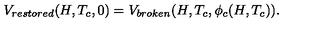
V _ { r e s t o r e d } ( H , T _ { c } , 0 ) = V _ { b r o k e n } ( H , T _ { c } , \phi _ { c } ( H , T _ { c } ) ) .